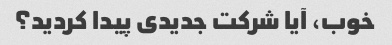
خوب، آیا شرکت جدیدی پیدا کردید؟